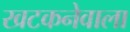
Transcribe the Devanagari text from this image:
खटकनेवाला